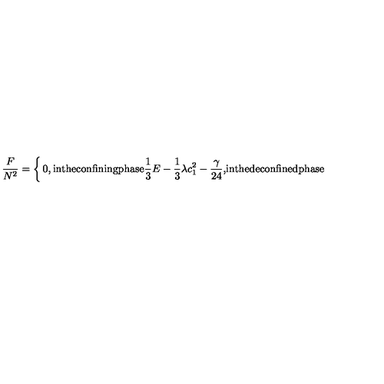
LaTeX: \frac { F } { N ^ { 2 } } = \left\{ \begin{matrix} { 0 , } & { \mathrm { i n t h e c o n f i n i n g p h a s e } } \\ { \frac { 1 } { 3 } E - \frac { 1 } { 3 } \lambda c _ { 1 } ^ { 2 } - \frac { \gamma } { 2 4 } , } & { \mathrm { i n t h e d e c o n f i n e d p h a s e } } \\ \end{matrix} \right.